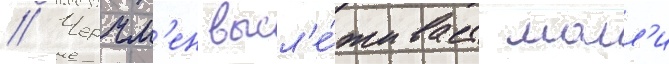
// Черчм'ен высл'е́живает молл'и